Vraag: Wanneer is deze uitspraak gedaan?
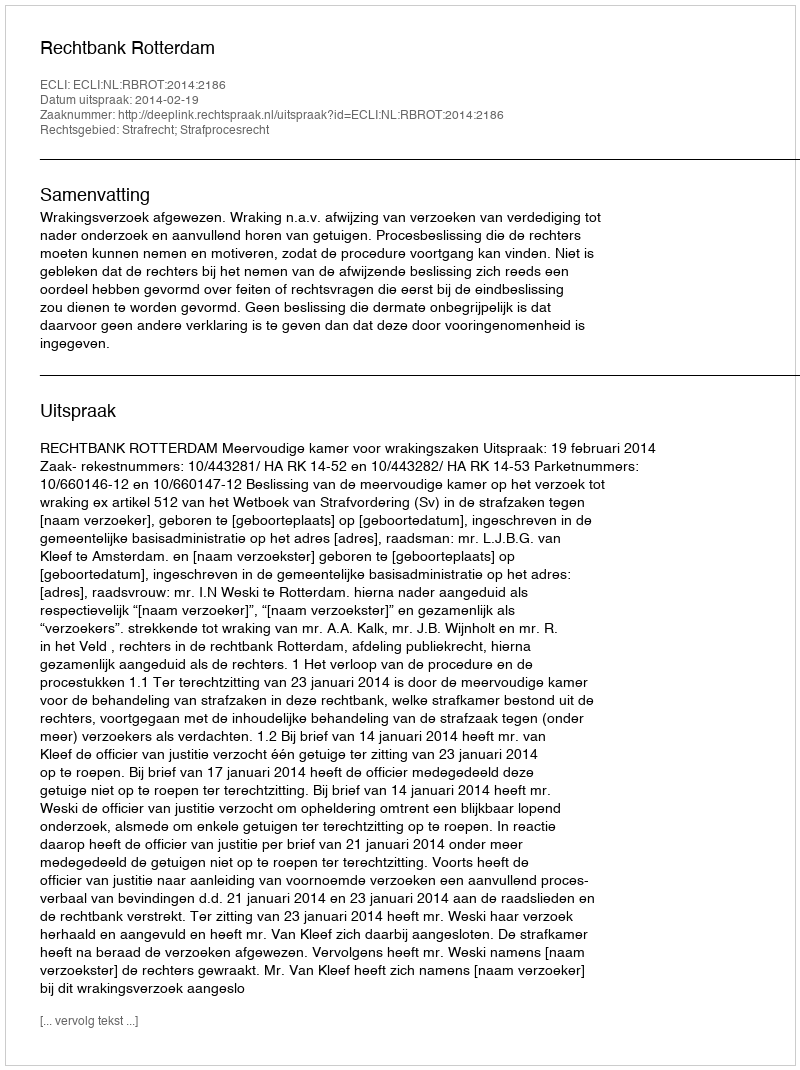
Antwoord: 2014-02-19